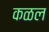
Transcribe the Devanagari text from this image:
कळल